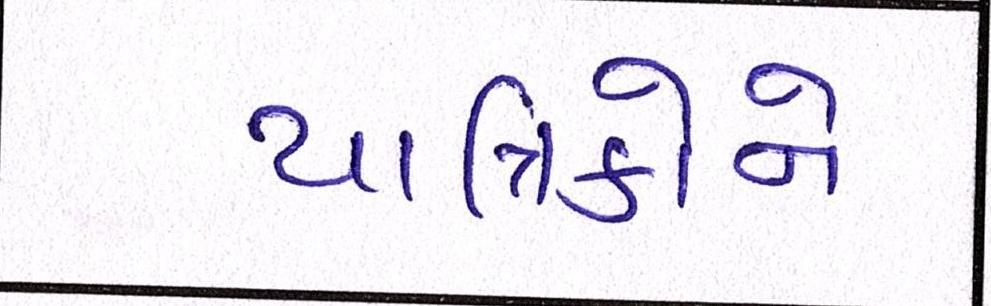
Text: યાત્રિકોને